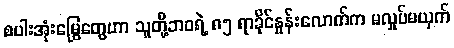
စပါးအုံးမြွေတွေဟာ သူတို့ဘဝရဲ့ ၈၅ ရာခိုင်နှုန်းလောက်က မလှုပ်မယှက်